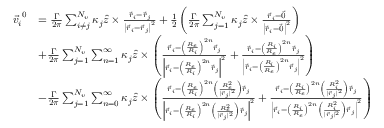
\begin{array} { r l } { \vec { v _ { i } } ^ { 0 } } & { = \frac { \Gamma } { 2 \pi } \sum _ { i \neq j } ^ { N _ { v } } \kappa _ { j } \hat { z } \times \frac { \vec { r } _ { i } - \vec { r } _ { j } } { \left| \vec { r } _ { i } - \vec { r } _ { j } \right| ^ { 2 } } + \frac { 1 } { 2 } \left( \frac { \Gamma } { 2 \pi } \sum _ { j = 1 } ^ { N _ { v } } \kappa _ { j } \hat { z } \times \frac { \vec { r } _ { i } - \vec { 0 } } { \left| \vec { r } _ { i } - \vec { 0 } \right| ^ { 2 } } \right) } \\ & { + \frac { \Gamma } { 2 \pi } \sum _ { j = 1 } ^ { N _ { v } } \sum _ { n = 1 } ^ { \infty } \kappa _ { j } \hat { z } \times \left( \frac { \vec { r } _ { i } - \left( \frac { R _ { e } } { R _ { i } } \right) ^ { 2 n } \vec { r } _ { j } } { \left| \vec { r } _ { i } - \left( \frac { R _ { e } } { R _ { i } } \right) ^ { 2 n } \vec { r } _ { j } \right| ^ { 2 } } + \frac { \vec { r } _ { i } - \left( \frac { R _ { i } } { R _ { e } } \right) ^ { 2 n } \vec { r } _ { j } } { \left| \vec { r } _ { i } - \left( \frac { R _ { i } } { R _ { e } } \right) ^ { 2 n } \vec { r } _ { j } \right| ^ { 2 } } \right) } \\ & { - \frac { \Gamma } { 2 \pi } \sum _ { j = 1 } ^ { N _ { v } } \sum _ { n = 0 } ^ { \infty } \kappa _ { j } \hat { z } \times \left( \frac { \vec { r } _ { i } - \left( \frac { R _ { e } } { R _ { i } } \right) ^ { 2 n } \left( \frac { R _ { e } ^ { 2 } } { | \vec { r } _ { j } | ^ { 2 } } \right) \vec { r } _ { j } } { \left| \vec { r } _ { i } - \left( \frac { R _ { e } } { R _ { i } } \right) ^ { 2 n } \left( \frac { R _ { e } ^ { 2 } } { | \vec { r } _ { j } | ^ { 2 } } \right) \vec { r } _ { j } \right| ^ { 2 } } + \frac { \vec { r } _ { i } - \left( \frac { R _ { i } } { R _ { e } } \right) ^ { 2 n } \left( \frac { R _ { i } ^ { 2 } } { | \vec { r } _ { j } | ^ { 2 } } \right) \vec { r } _ { j } } { \left| \vec { r } _ { i } - \left( \frac { R _ { i } } { R _ { e } } \right) ^ { 2 n } \left( \frac { R _ { i } ^ { 2 } } { | \vec { r } _ { j } | ^ { 2 } } \right) \vec { r } _ { j } \right| ^ { 2 } } \right) } \end{array}